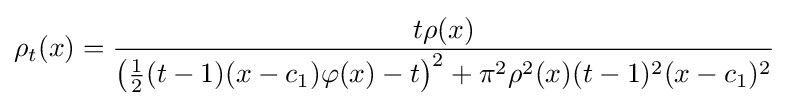
\rho _{t}(x)={\frac {t\rho (x)}{\left({\tfrac {1}{2}}(t-1)(x-c_{1})\varphi (x)-t\right)^{2}+\pi ^{2}\rho ^{2}(x)(t-1)^{2}(x-c_{1})^{2}}}